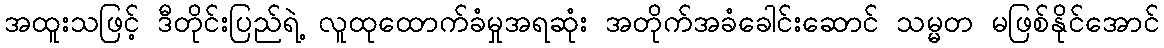
အထူးသဖြင့် ဒီတိုင်းပြည်ရဲ့ လူထုထောက်ခံမှုအရဆုံး အတိုက်အခံခေါင်းဆောင် သမ္မတ မဖြစ်နိုင်အောင်